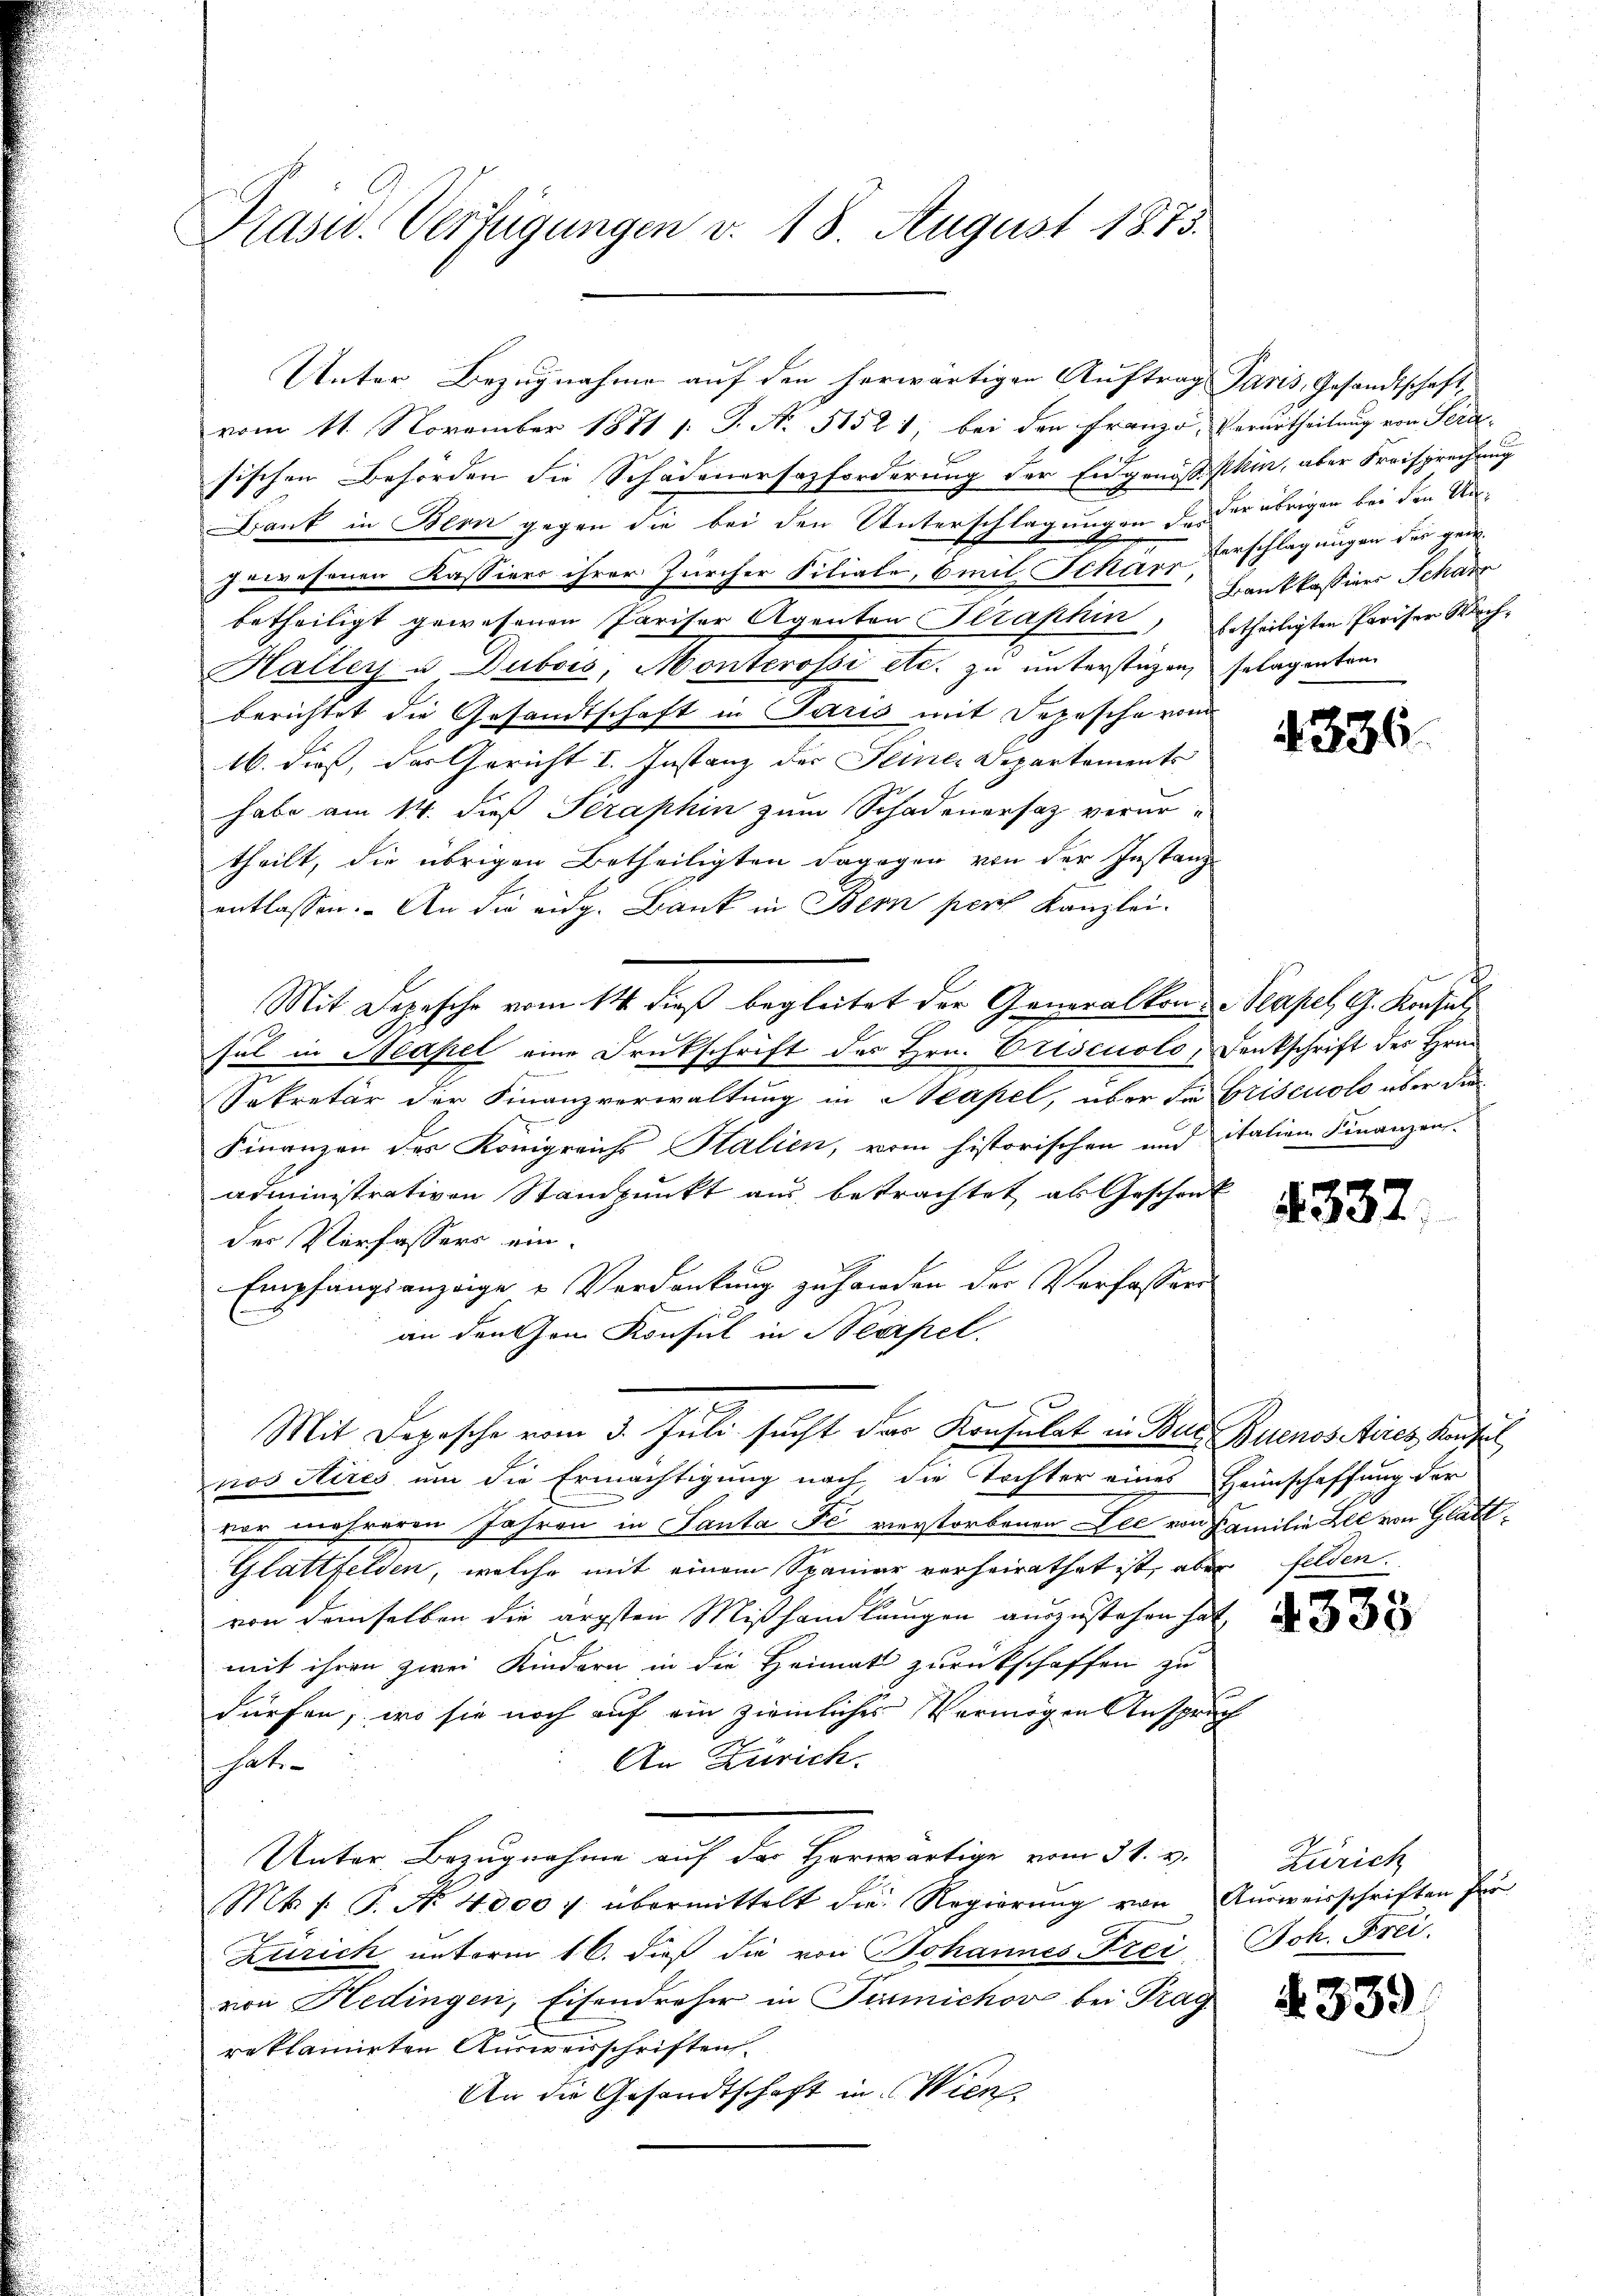
Präsid. Verfügungen v. 18. August 1873.

vom 11. November 1871 s. G. N. 5152 1, bei den Franzo, Verurtheilung von Sera-
sischen Behörden die Schadenersazforderung der Eidgenoßphin, aber Freisprechung
Dank in Bern gegen die bei den Unterschlagungen der Dir übrigen bei den Ausgewesenen Kassiers ihrer Zürcher Filiale, mit Schart,
betheiligt gewesenen Pariser Agenten Straphin, Ertheiligten Pariser Kirch,
Haller u. Dubois, Monterossi etc. zu unterstüzen, selagenten
berichtet die Gesandtschaft in Paris mit Depesche von
16. dieß, der Gericht I. Instanz der Seiner Departements
habe am 14. dieß Séraphin zum Schadenersatz verurtheilt, die übrigen Betheiligten dagegen von der Instanz
entlassen. An die eidg. Bank in Bern pers Kanzlei-
Mit Depesche vom 14. dieß begleitet der Generalkon Neapel, G. Konsul
sel in Neapel eine Drukschrift des Hrn. Priseuolo, Denkschrift des Hrn.
Sekretär der Finanzverwaltung in Neapel, über die Griseuolo über die
Finanzen des Königreichs Salien, vom historischen und italien Finanzen.
administrativen Standpunkt aus betrachtet als Geschent
der Verfassers ein-
Empfangsanzeige u. Verdankung zu handen der Verfasser
an den Gom Konsul in Neapel.
Mit Depesche vom 3. Juli sucht das Konsulat in Bar Buenosseres, Konsul
nos Aires um die Ermächtigung nach die Tochter eines Heimschaffung der
vor mehreren Jahren in Santa Fe verstorbenen Lee von Familie Lee von Glatt¬
Glattfelden, welche mit einem Spanier verheirathet ist, aber felden.
von demselben die ärgsten Mißhandlungen auszustehen hat,
mit ihren zwei Kindern in die Heimat zurückschaffen zu
dürfen, wo sie noch auf ein ziemliches Vermögen Anspruch
An Zürich.
hat¬
Unter Bezugnahme auf der Horwärtige vom 31. v.
Mt. /: P. No. 4000 f übermittelt die Regierŭng von Aŭsweisschriften für
Zürich unterm 16. dieß die von Johannes Frei Joh. Frei-
von Hedingen, Eisendroher in Pirmichov bei Frag
reklamirten Ausweisschriften.
An die Gesandtschaft in Wien

Unter Bezugnahme auf den herwärtigen Auftrag Paris, Gesandtschaft

Verschlagungen des ger
Bankkassives Schade

4336.

4337

4333

Zürich

A 339